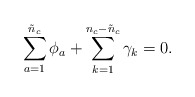
\begin{align*}\sum_{a=1}^{\tilde{n}_{c}} \phi_{a} + \sum_{k=1}^{n_{c}-\tilde{n}_{c}}\gamma_{k} = 0. \end{align*}